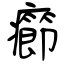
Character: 癤